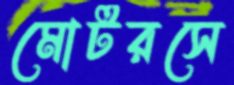
মোটরসে